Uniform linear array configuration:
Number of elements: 24
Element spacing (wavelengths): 0.5
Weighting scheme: hann
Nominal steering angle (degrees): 15
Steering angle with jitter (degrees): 15.168
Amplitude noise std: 0.05
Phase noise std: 0.05

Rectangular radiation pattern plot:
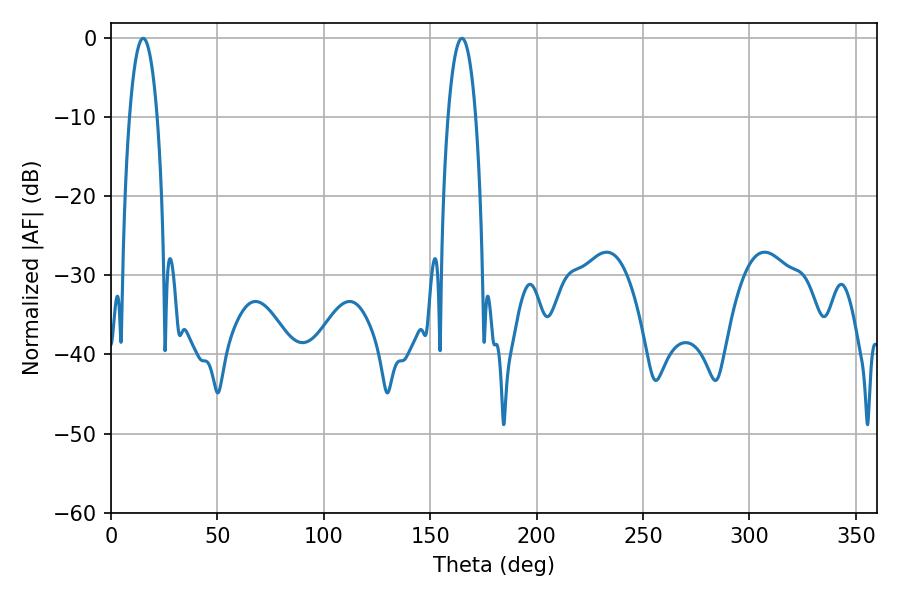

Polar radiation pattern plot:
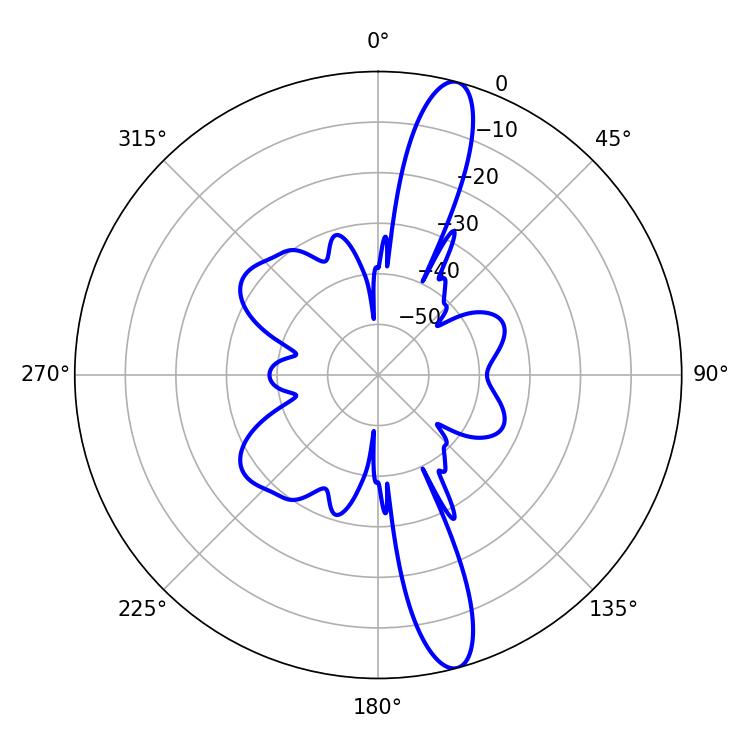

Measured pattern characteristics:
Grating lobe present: FALSE
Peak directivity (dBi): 14.58
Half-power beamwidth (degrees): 7.2
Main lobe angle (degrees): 164.88